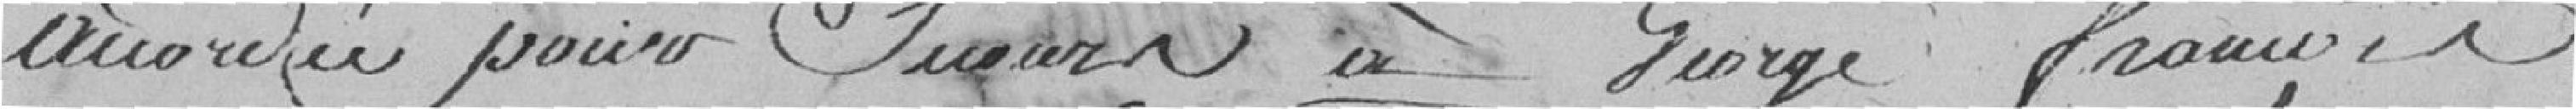
accordée pour secours à George François